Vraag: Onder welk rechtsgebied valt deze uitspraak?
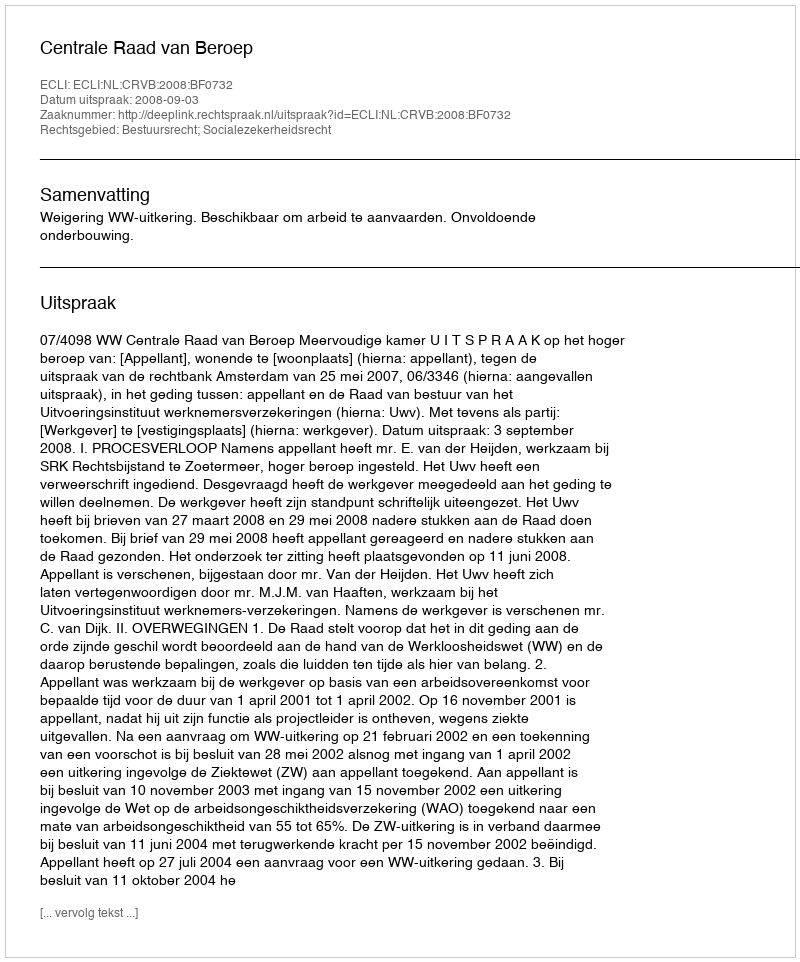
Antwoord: Bestuursrecht; Socialezekerheidsrecht